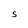
Character: s